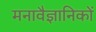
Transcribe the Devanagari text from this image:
मनावैज्ञानिकों